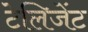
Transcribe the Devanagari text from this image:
टेलिजेंट